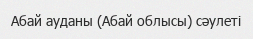
Абай ауданы (Абай облысы) сәулеті